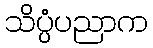
သိပ္ပံပညာက